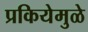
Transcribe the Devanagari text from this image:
प्रकियेमुळे